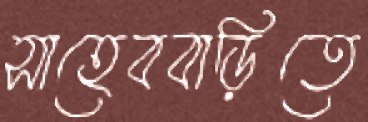
সাহেববাড়িতে